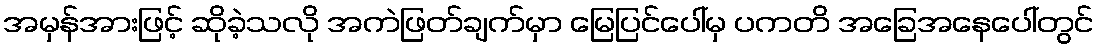
အမှန်အားဖြင့် ဆိုခဲ့သလို အကဲဖြတ်ချက်မှာ မြေပြင်ပေါ်မှ ပကတိ အခြေအနေပေါ်တွင်